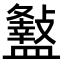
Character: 𥃏